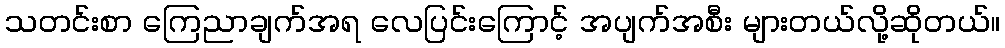
သတင်းစာ ကြေညာချက်အရ လေပြင်းကြောင့် အပျက်အစီး များတယ်လို့ဆိုတယ်။